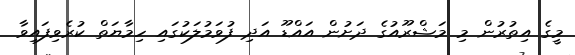
މީގެ އިތުރުން މި މަޝްރޫއުގެ ދަށުން އައްޑޫ އަދި ފުވަމުލަކުގައި ހިމާޔަތް ކުރެވިފައިވާ